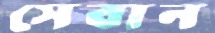
সেবান